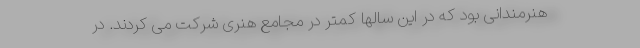
هنرمندانی بود که در این سالها کمتر در مجامع هنری شرکت می کردند. در